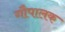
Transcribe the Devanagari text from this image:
गौपालक